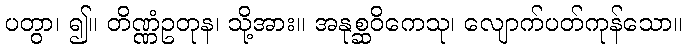
ပတွာ၊ ၍။ တိဏ္ဏံဥတုန၊ သို့အား။ အနုစ္ဆဝိကေသု၊ လျောက်ပတ်ကုန်သော။